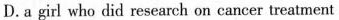
D. a girl who did research on cancer treatment